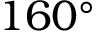
1 6 0 ^ { \circ }